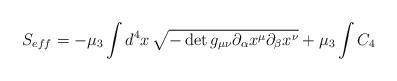
LaTeX: \begin{align*}S_{eff} = -\mu_3 \int d^4x \,\sqrt{-\det{g_{\mu\nu}\partial_\alpha x^\mu\partial_\beta x^\nu }}+ \mu_3 \int C_4\end{align*}